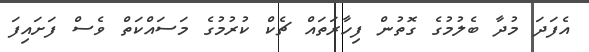
އެފަދަ މުދާ ބެލުމުގެ ގޮތުން ފިހާރަތައް ޗެކް ކުރުމުގެ މަސައްކަތް ވެސް ފަށައިފަ